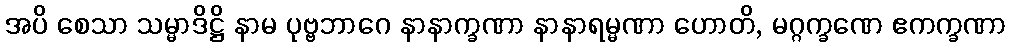
အပိ စေသာ သမ္မာဒိဋ္ဌိ နာမ ပုဗ္ဗဘာဂေ နာနာက္ခဏာ နာနာရမ္မဏာ ဟောတိ, မဂ္ဂက္ခဏေ ဧကက္ခဏာ